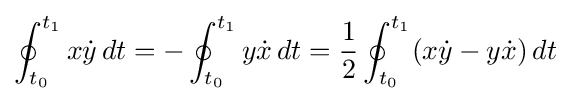
\oint _{t_{0}}^{t_{1}}x{\dot {y}}\,dt=-\oint _{t_{0}}^{t_{1}}y{\dot {x}}\,dt={1 \over 2}\oint _{t_{0}}^{t_{1}}(x{\dot {y}}-y{\dot {x}})\,dt